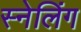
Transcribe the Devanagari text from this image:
स्नेलिंग